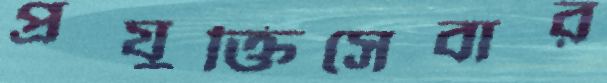
প্রযুক্তিসেবার